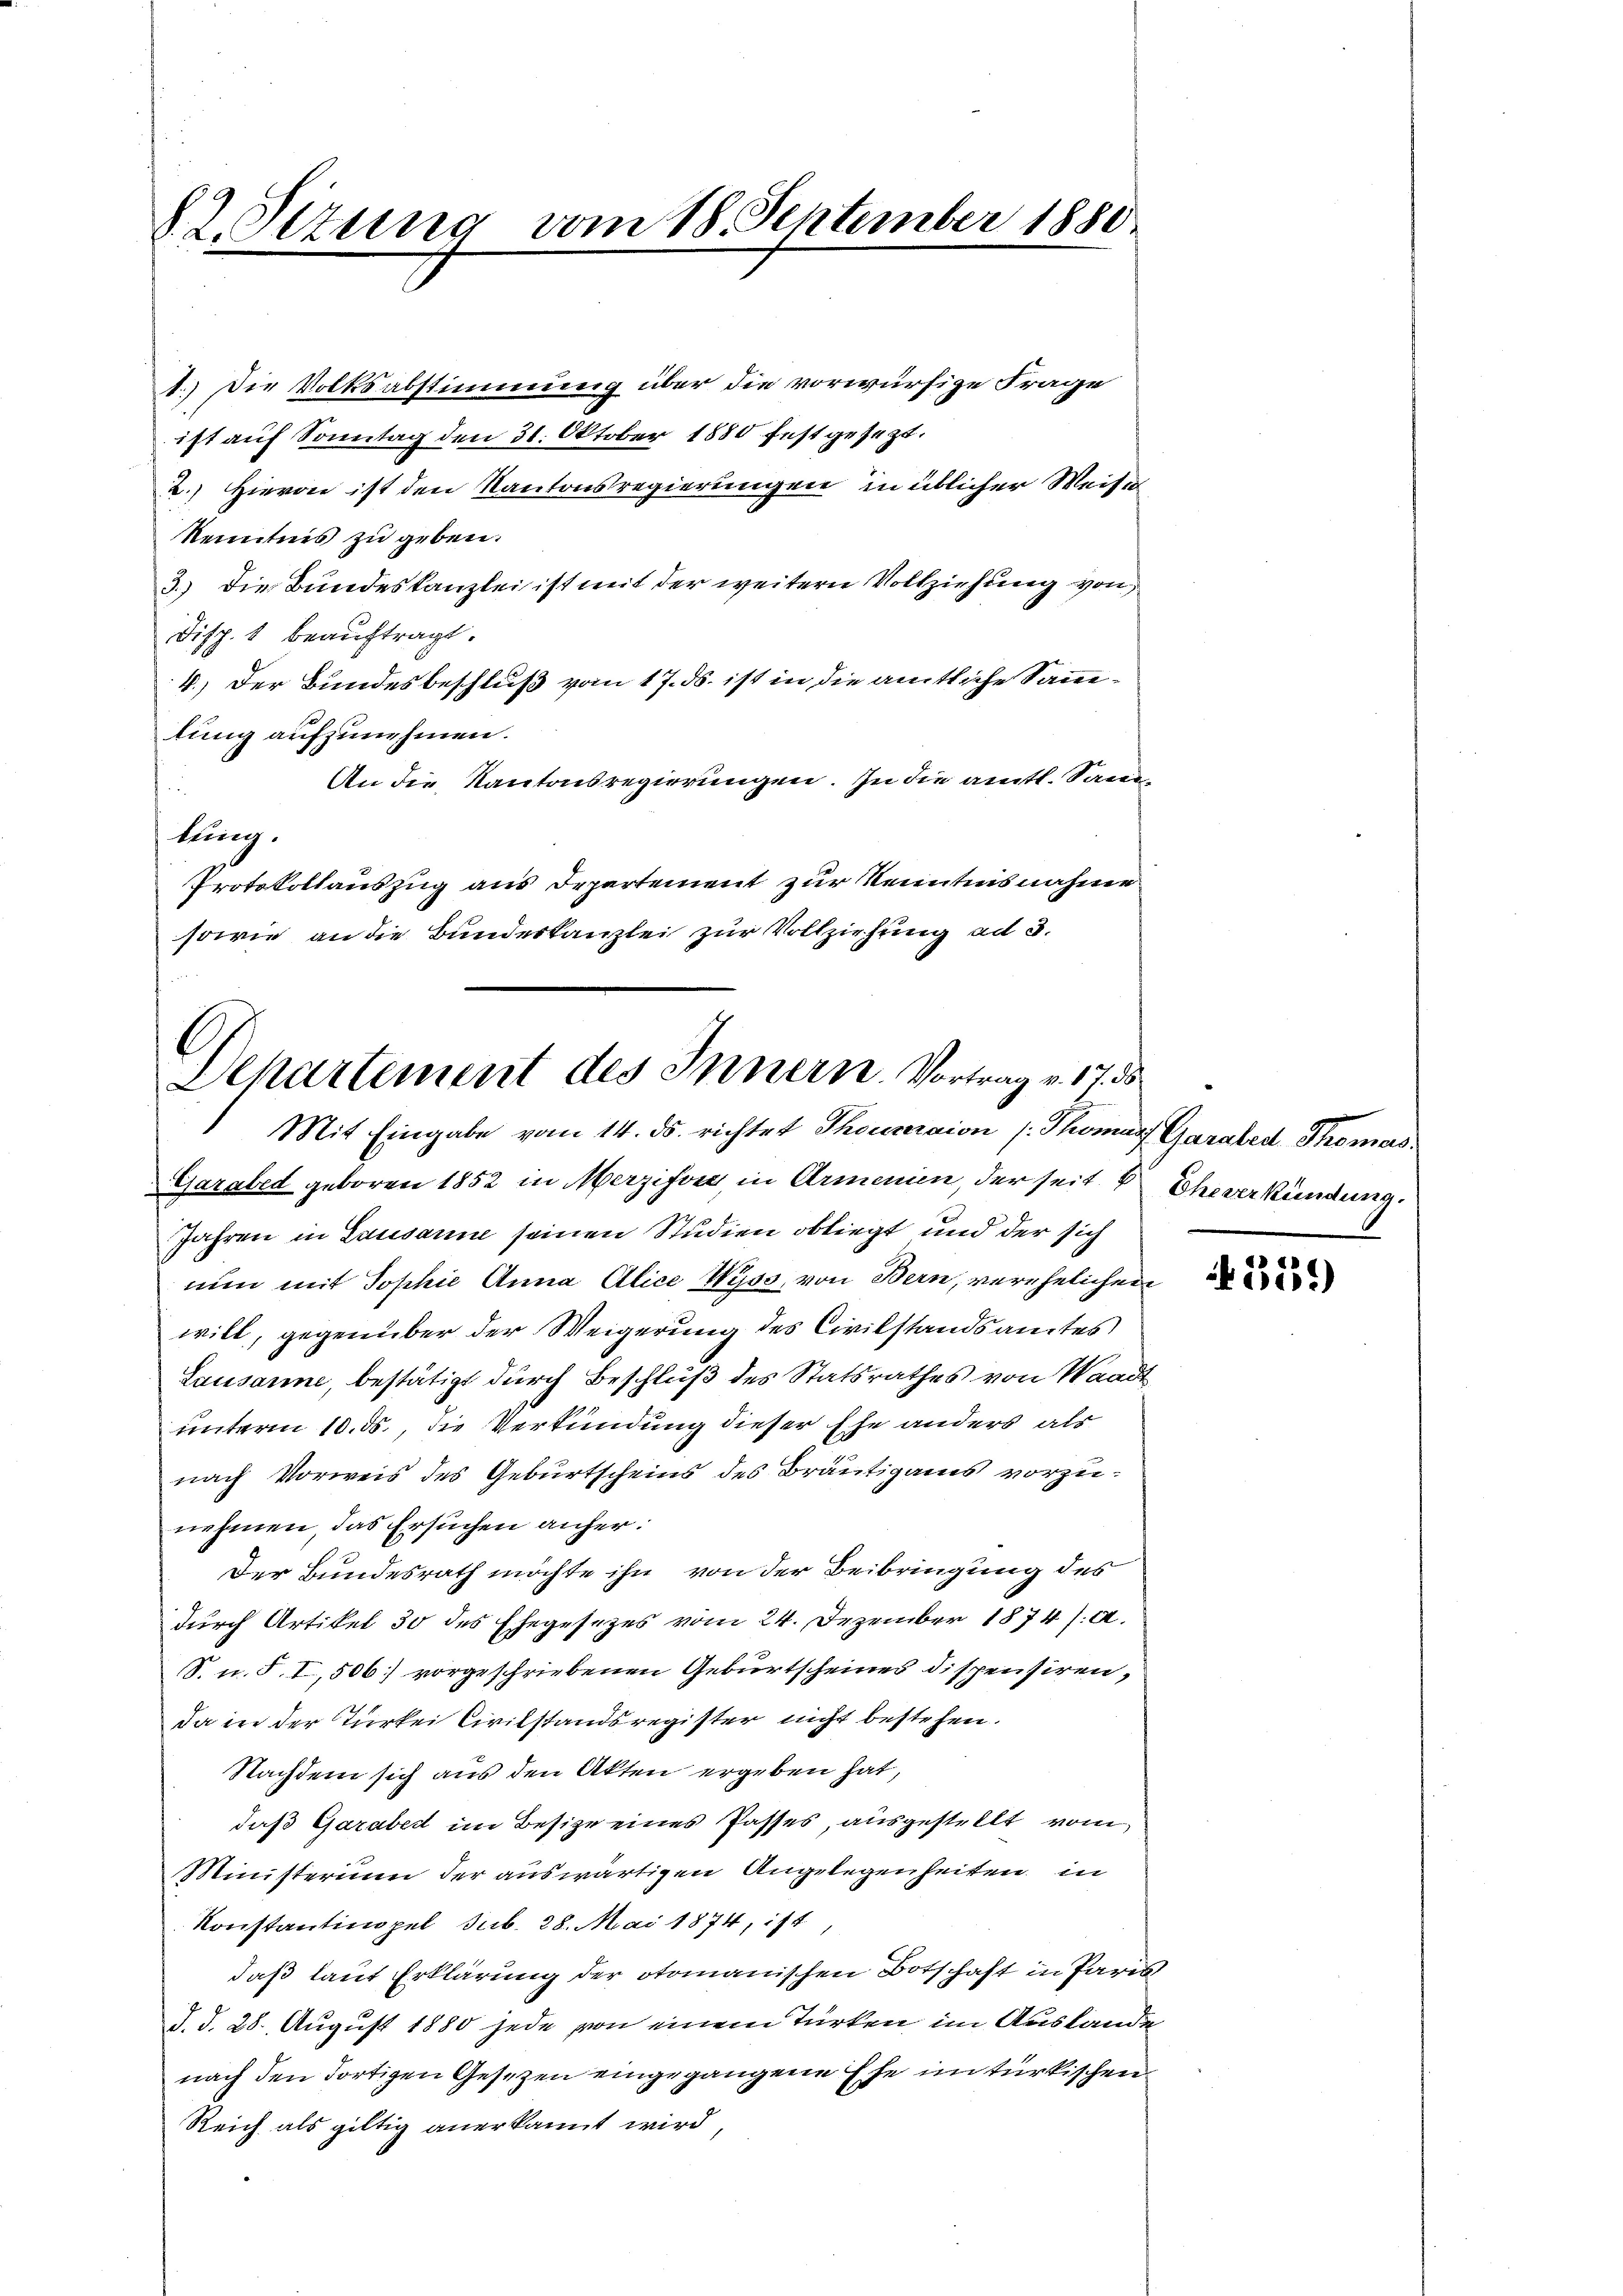
82. Situng vom 18. September 1880
.

A.) Die Volksabstimmung über die vorwürfige Frage
ist auf Sonntag den 31. Oktober 1880 festgesezt.
2.) Hievon ist den Kantonsregierungen in üblicher Weise
kenntnis zu geben.
3.) Die Bundeskanzlei ist mit der weitern Vollziehung von
Disp. 1 beaŭftragt.
4.) Der Bundesbeschluß vom 17. ds. ist in die amtliche Sanelung aufzunehmen.
An die Kantonsregierungen. In die amtl. Samtung.
Protokollauszug aus Departement zur Kenntnisnahme
sowie an die Bundeskanzlei zur Vollziehung ad 3.

C
Departement des Innern. Vortrag v. 17. ds

Mit Eingabe vom 14. ds. richtet Thouveraion (: Thomas Garaled Thomas
Gazabed geboren 1852 in Merzifvre, in Armenien, der seit der Eheverkündung.
Jahren in Lausanne seinen Studien obliegt und der sich
nun mit Sophie Anna Alice Wyss, von Bern, verehelichen
will, gegenüber der Weigerung des Civilstandsamtes
Lausanne, bestätigt durch Beschluß des Statsrathes von Waadt
unterm 10. ds., die Verkündung dieser Ehe anders als
nach Vorweis des Geburtscheins des Bräutigams vorzunehmen, das Ersuchen anher:
x
Der Bundesrath möchte ihn von der Beibringung des
durch Artikel 30 des Ehegesezes vom 24. Dezember 1874 /: a.
8. u. S. I, 506 vorgeschriebenen Geburtscheines dispensiren,
Da in der Türkei Civilstandsregister nicht bestehen.
Nachdem sich aus den Akten ergeben hat,
daß Garaber im Besize eines Passes, ausgestellt vom
Ministerium der auswärtigen Angelegenheiten in
Konstantien pel sub. 28. Mai 1874, ist
daß laut Erklärung der otomanischen Botschaft in Paris
d. d. 28. August 1880 jede von einem Türken im Auslande
nach den dortigen Gesetzen eingegangene Ehe in türkischen
Reich als giltig anerkannt wird,

311)